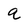
Character: q